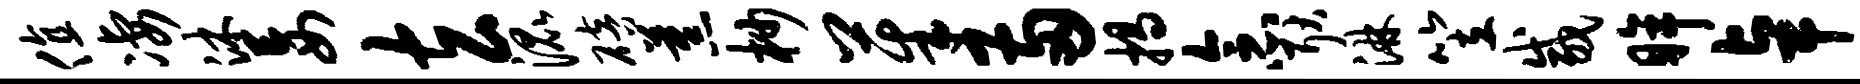
值凄沐妄玄混碚蕉杪茱两揭念耿淋笠咸眸卓